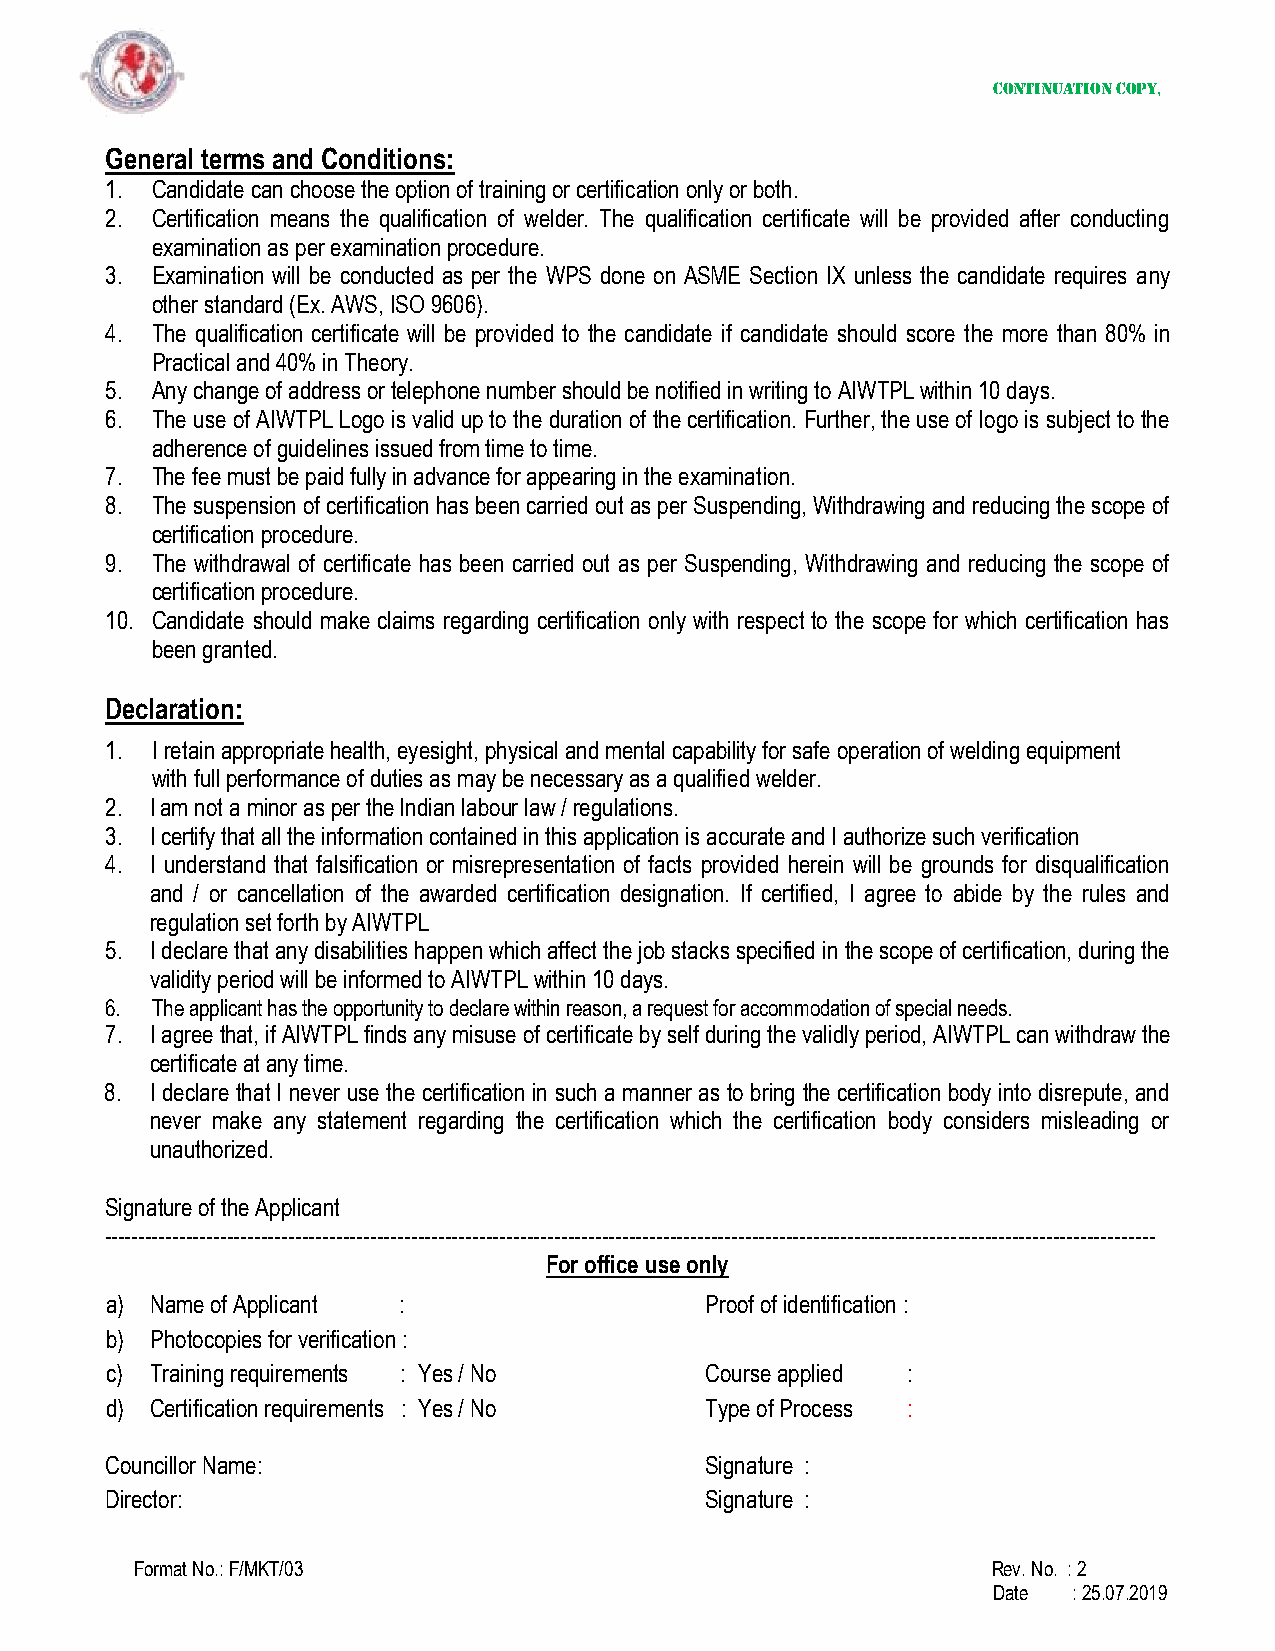
Continuation copy,
 General terms and Conditions:
 1. Candidate can choose the option of training or certification only or both.
 2. Certification means the qualification of welder. The qualification certificate will be provided after conducting
 examination as per examination procedure.
 3. Examination will be conducted as per the WPS done on ASME Section IX unless the candidate requires any
 other standard (Ex. AWS, ISO 9606).
 4. The qualification certificate will be provided to the candidate if candidate should score the more than 80% in
 Practical and 40% in Theory.
 5. Any change of address or telephone number should be notified in writing to AIWTPL within 10 days.
 6. The use of AIWTPL Logo is valid up to the duration of the certification. Further, the use of logo is subject to the
 adherence of guidelines issued from time to time.
 7. The fee must be paid fully in advance for appearing in the examination.
 8. The suspension of certification has been carried out as per Suspending, Withdrawing and reducing the scope of
 certification procedure.
 9. The withdrawal of certificate has been carried out as per Suspending, Withdrawing and reducing the scope of
 certification procedure.
 10. Candidate should make claims regarding certification only with respect to the scope for which certification has
 been granted.
 Declaration:
 1. I retain appropriate health, eyesight, physical and mental capability for safe operation of welding equipment
 with full performance of duties as may be necessary as a qualified welder.
 2. I am not a minor as per the Indian labour law / regulations.
 3. I certify that all the information contained in this application is accurate and I authorize such verification
 4. I understand that falsification or misrepresentation of facts provided herein will be grounds for disqualification
 and / or cancellation of the awarded certification designation. If certified, I agree to abide by the rules and
 regulation set forth by AIWTPL
 5. I declare that any disabilities happen which affect the job stacks specified in the scope of certification, during the
 validity period will be informed to AIWTPL within 10 days.
 6. The applicant has the opportunity to declare within reason, a request for accommodation of special needs.
 7. I agree that, if AIWTPL finds any misuse of certificate by self during the validly period, AIWTPL can withdraw the
 certificate at any time.
 8. I declare that I never use the certification in such a manner as to bring the certification body into disrepute, and
 never make any statement regarding the certification which the certification body considers misleading or
 unauthorized.
 Signature of the Applicant
 ----------------------------------------------------------------------------------------------------------------------------------------------------------
 For office use only
 a) Name of Applicant :                  Proof of identification :
 b) Photocopies for verification :
 c) Training requirements : Yes / No     Course applied :
 d) Certification requirements : Yes / No Type of Process :
 Councillor Name:                        Signature :
 Director:                               Signature :
 Format No.: F/MKT/03                                     Rev. No. : 2
 Date : 25.07.2019